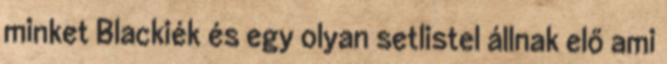
minket Blackiék és egy olyan setlistel állnak elő ami